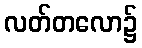
လတ်တလော၌